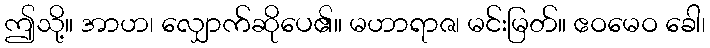
ဤသို့။ အာဟ၊ လျှောက်ဆိုပေ၏။ မဟာရာဇ၊ မင်းမြတ်။ ဧဝမေဝ ခေါ၊